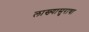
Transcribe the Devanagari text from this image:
लाख्यासुराचा